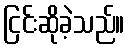
ငြင်းဆိုခဲ့သည်။